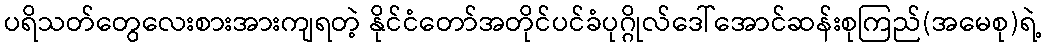
ပရိသတ်တွေလေးစားအားကျရတဲ့ နိုင်ငံတော်အတိုင်ပင်ခံပုဂ္ဂိုလ်ဒေါ်အောင်ဆန်းစုကြည်(အမေစု)ရဲ့